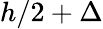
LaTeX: h/2+\Delta